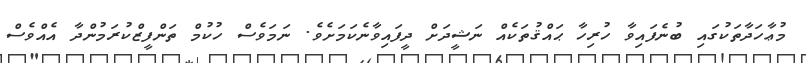
މުޢާހަދާތަކުގައި ބުނެފައިވާ ހުރިހާ ޙައްޤުތަކެއް ނަޝީދަށް ދީފައިވާނެކަމަށެވެ. ނަމަވެސް ހުކުމް ތަންފީޒްކުރަމުންދާ އެއްވެސް